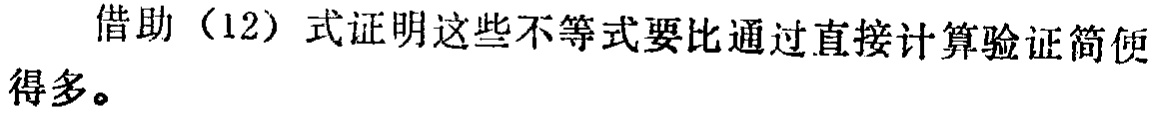
借助（12）式证明这些不等式要比通过直接计算验证简便得多。